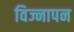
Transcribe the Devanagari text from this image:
विज्नापन